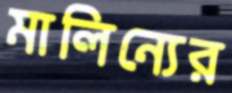
মালিন্যের